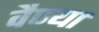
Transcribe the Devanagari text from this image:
वैण्या